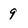
Character: 9